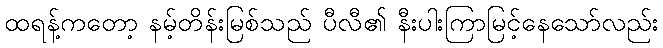
ထရန့်ကတော့ နမ့်တိန်းမြစ်သည် ပီလီ၏ နီးပါးကြာမြင့်နေသော်လည်း